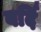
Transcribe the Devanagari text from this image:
वर्दि